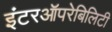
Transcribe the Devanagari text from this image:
इंटरऑपरेबिलिटी